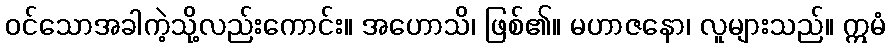
ဝင်သောအခါကဲ့သို့လည်းကောင်း။ အဟောသိ၊ ဖြစ်၏။ မဟာဇနော၊ လူများသည်။ ဣမံ